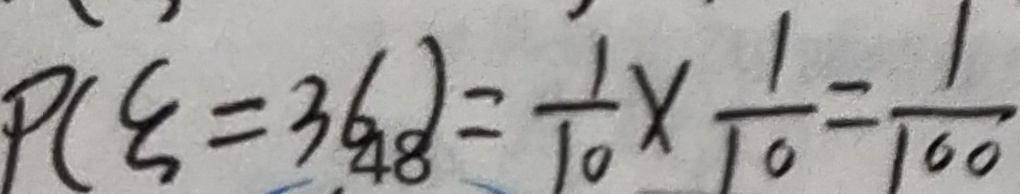
P ( \varepsilon = 3 6 ) = \frac { 1 } { 1 0 } \times \frac { 1 } { 1 0 } = \frac { 1 } { 1 0 0 }